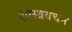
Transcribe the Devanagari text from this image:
शास्त्रवचन